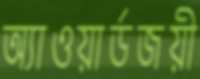
অ্যাওয়ার্ডজয়ী